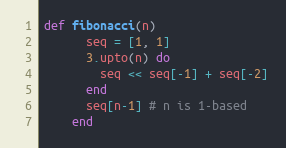
Language: Ruby
def fibonacci(n)
      seq = [1, 1]
      3.upto(n) do
        seq << seq[-1] + seq[-2]
      end
      seq[n-1] # n is 1-based
    end